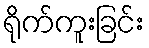
ရိုက်ကူးခြင်း